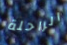
الراحلة